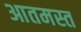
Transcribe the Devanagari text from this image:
आतमस्त